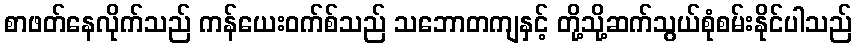
စာဖတ်နေလိုက်သည် ကန်ယေးဝက်စ်သည် သဘောတကျနှင့် တို့သို့ဆက်သွယ်စုံစမ်းနိုင်ပါသည်